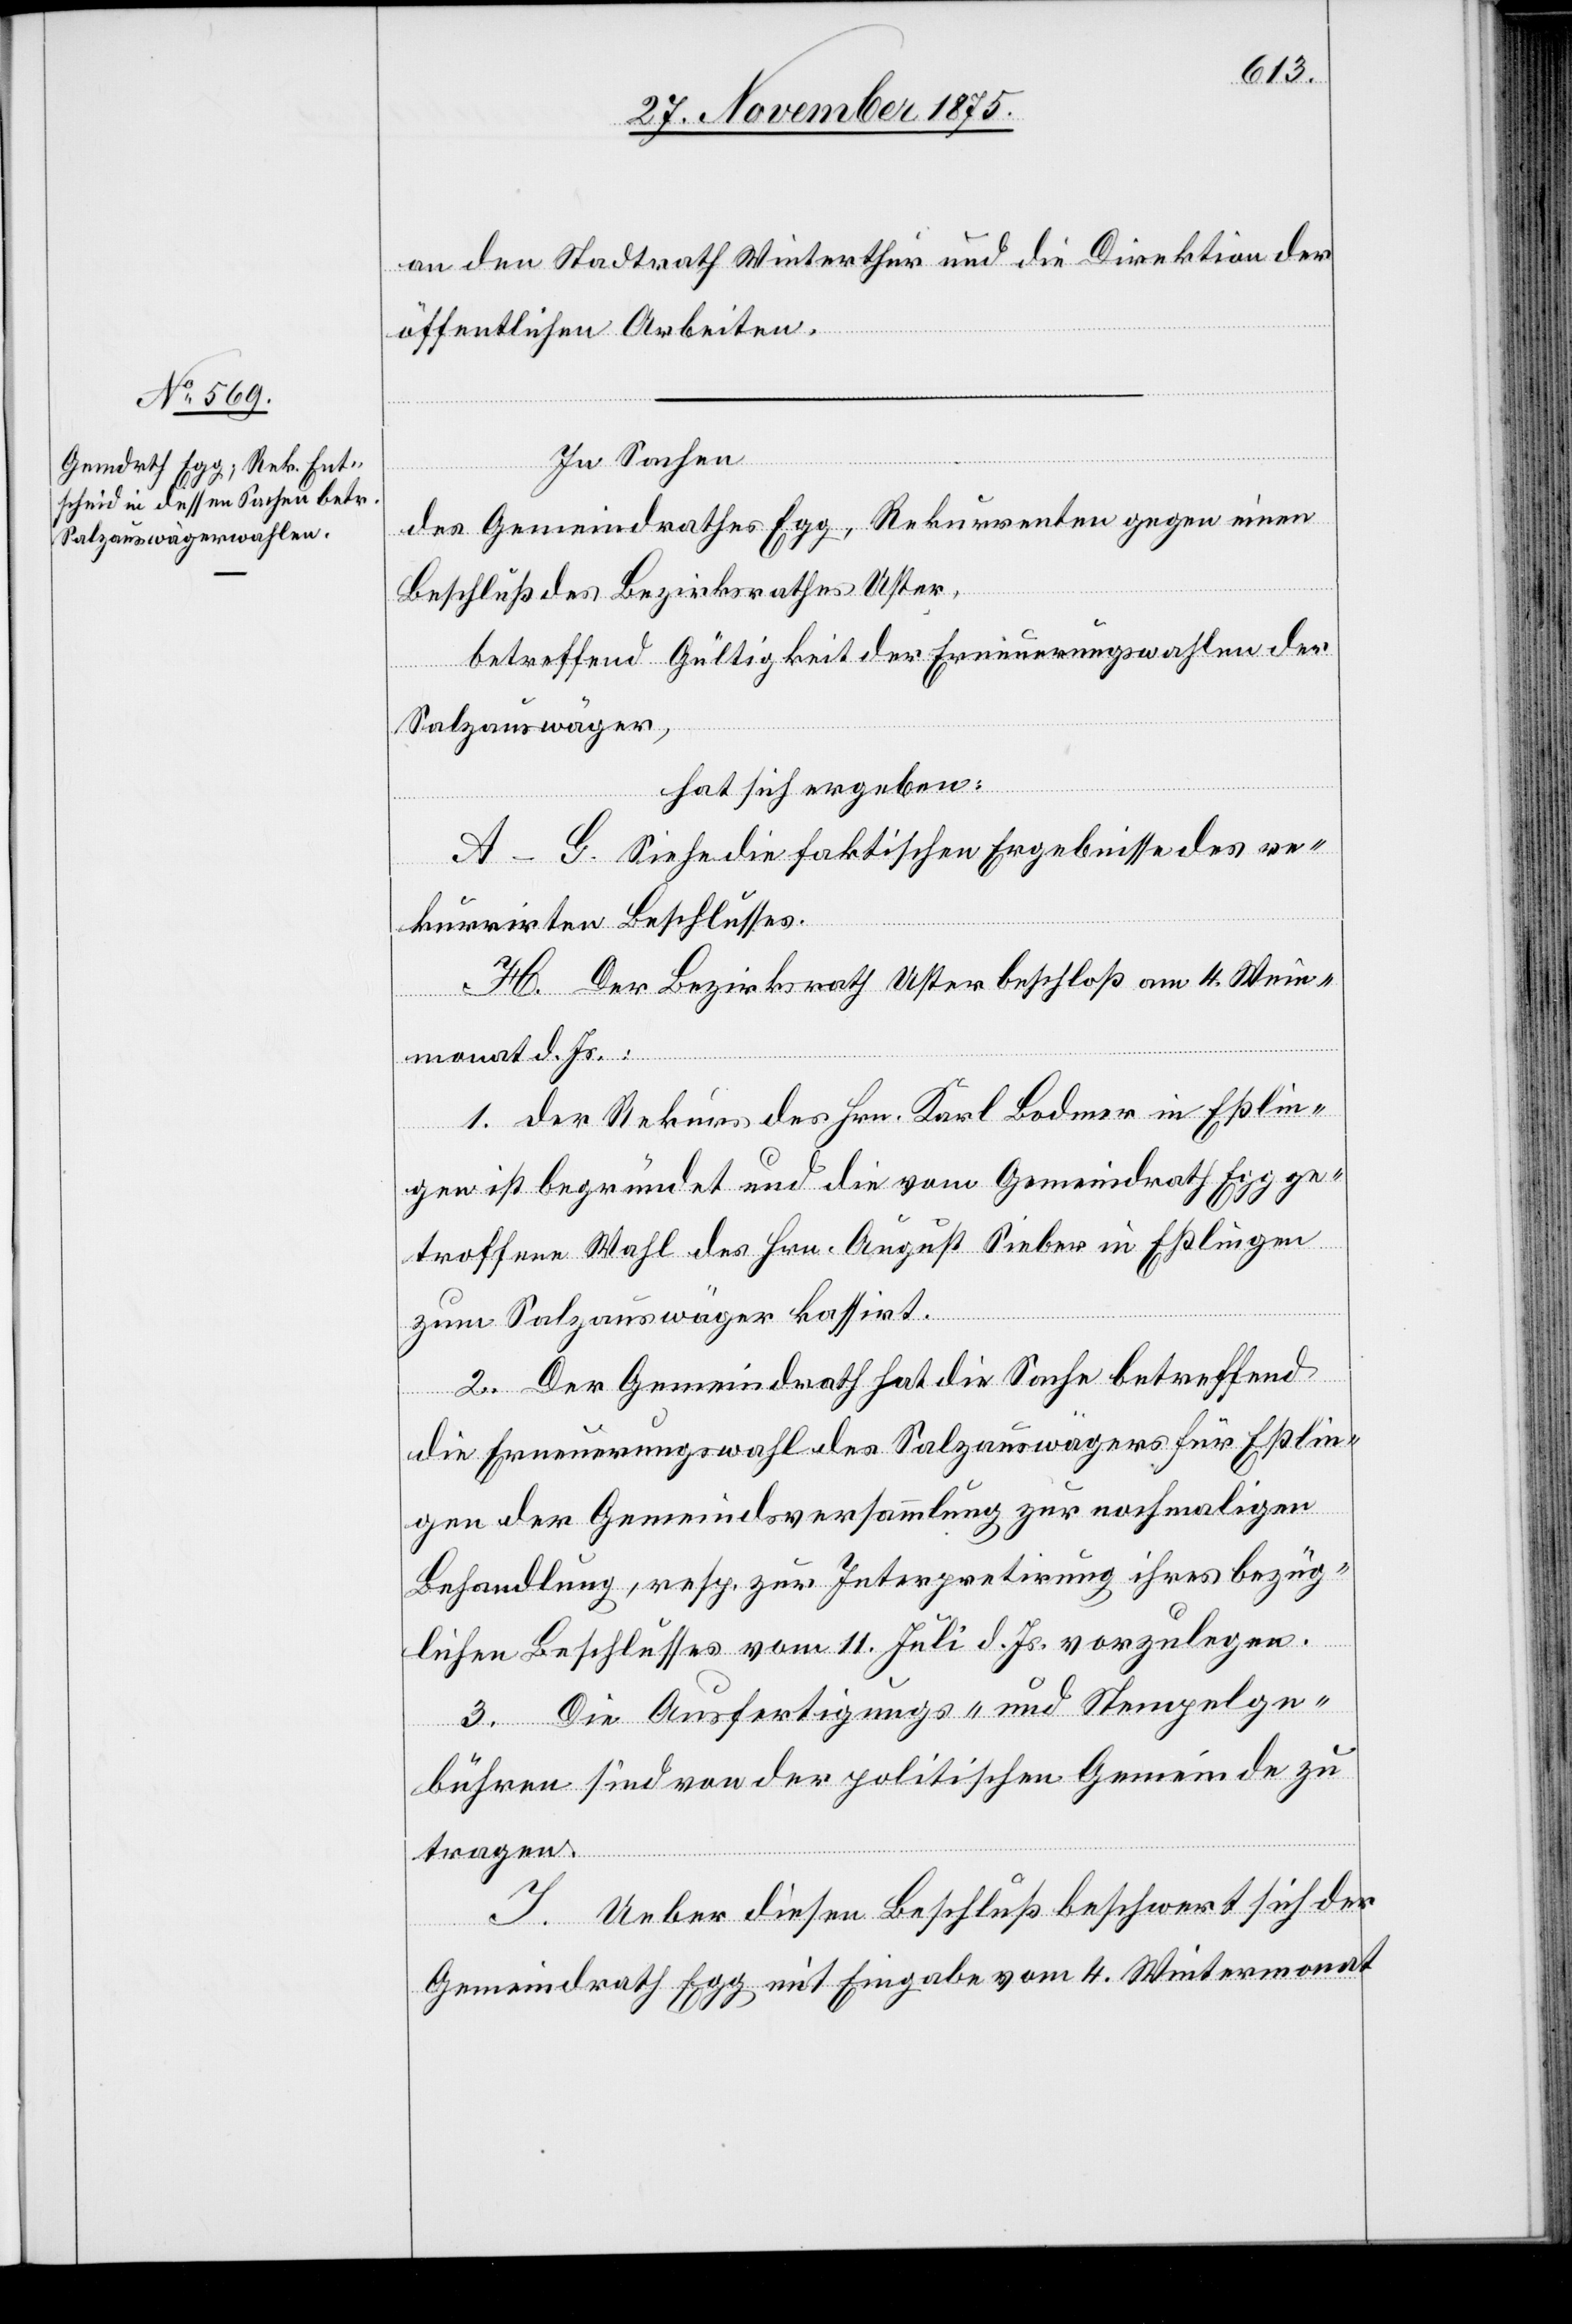
an den Stadtrath Winterthur und die Direktion der
öffentlichen Arbeiten.
In Sachen
des Gemeindrathes Egg, Rekurrenten gegen einen
Beschluß des Bezirksrathes Uster,
betreffend Gültigkeit der Erneuerungswahlen der
Salzauswäger,
hat sich ergeben:
A–G. Siehe die faktischen Ergebnisse des re¬
kurrirten Beschlusses.
H. Der Bezirksrath Uster beschloß am 4. Wein¬
monat d. Js.:
1. der Rekurs des Hrn. Karl Bodmer in Eßlin¬
gen ist begründet und die vom Gemeindrath Egg ge¬
troffene Wahl des Hrn. August Sieber in Eßlingen
zum Salzauswäger kassirt.
2. Der Gemeindrath hat die Sache betreffend
die Erneuerungswahl des Salzauswägers für Eßlin¬
gen der Gemeindsversammlung zur nochmaligen
Behandlung, resp. zur Interpretirung ihres bezüg¬
lichen Beschlusses vom 11. Juli d. Js. vorzulegen.
3. Die Ausfertigungs- und Stempelge¬
bühren sind von der politischen Gemeinde zu
tragen.
I. Ueber diesen Beschluß beschwert sich der
Gemeindrath Egg mit Eingabe vom 4. Wintermonat